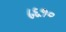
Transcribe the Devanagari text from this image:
८६१०